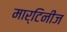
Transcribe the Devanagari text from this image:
मार्टिनीज